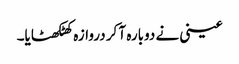
عینی نے دوبارہ آ کر دروازہ کھٹکھٹایا۔